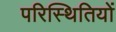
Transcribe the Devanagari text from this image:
परिस्‍िथतियों